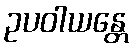
ဥပဝါယန္တေ